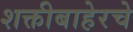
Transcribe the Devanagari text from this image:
शक्तीबाहेरचे